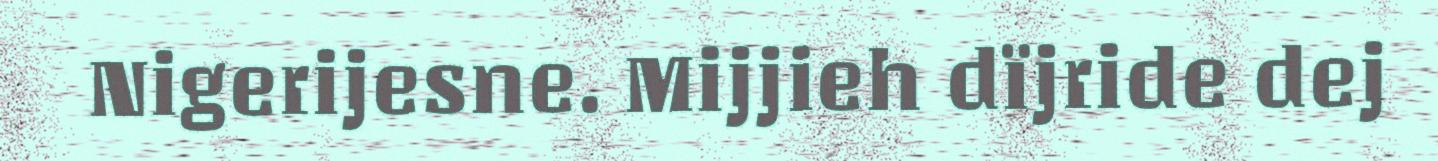
Nigerijesne. Mijjieh dïjride dej